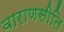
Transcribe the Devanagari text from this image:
वाराणसीति